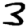
Digit: 3